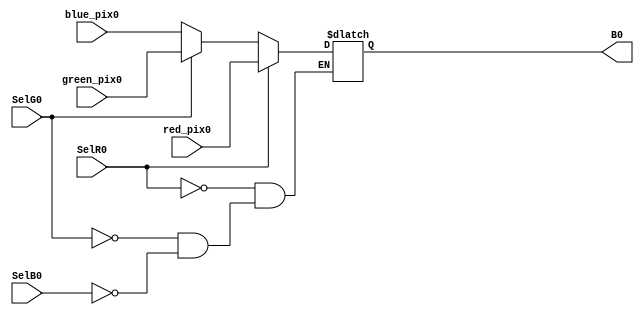
module mux_buf0(B0,SelR0, SelG0, SelB0, red_pix0, green_pix0, blue_pix0);
output reg[7:0] B0;
input SelR0, SelB0, SelG0;
input [7:0] red_pix0, green_pix0, blue_pix0;


always@(SelR0 or SelG0 or SelB0)
begin
	if(SelR0) B0 <= red_pix0;
	else if(SelG0) B0 <= green_pix0;
	else if(SelB0) B0 <= blue_pix0;
end 
endmodule